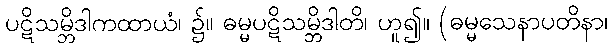
ပဋိသမ္ဘိဒါကထာယံ၊ ၌။ ဓမ္မပဋိသမ္ဘိဒါတိ၊ ဟူ၍။ (ဓမ္မသေနာပတိနာ၊